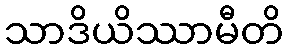
သာဒိယိဿာမီတိ